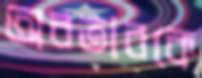
অবতারকে